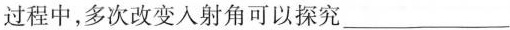
过程中，多次改变入射角可以探究